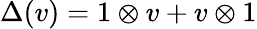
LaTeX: \Delta(v)=1\otimes v+v\otimes 1